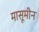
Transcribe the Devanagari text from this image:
मासूमीन